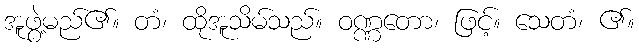
အူဖွဲ့မည်၏။ တံ၊ ထိုအူသိမ်သည်။ ဝဏ္ဏတော၊ ဖြင့်။ သေတံ၊ ၏။